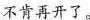
不肯再开了。